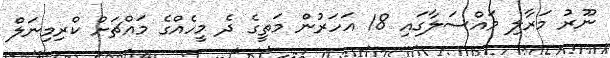
ނޫރު މަރާލި މައްސަލާގައި 18 އަހަރުން މަތީގެ ދެ މީހެއްގެ މައްޗަށް ކްރިމިނަލް